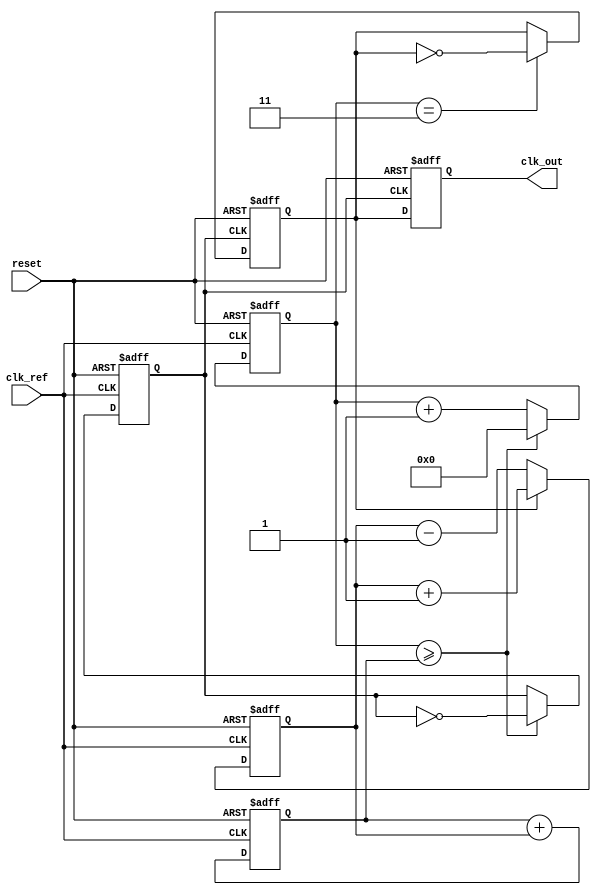
module pll_integer_n (
    input wire clk_ref,         // Reference clock input
    input wire reset,          // Asynchronous reset
    output reg clk_out         // Output clock
);

// Parameters
parameter N = 4;              // Integer division ratio
parameter LOOP_FILTER_SIZE = 8; // Size of the loop filter (for example)

// Internal signals
reg [LOOP_FILTER_SIZE-1:0] error_signal;
reg [LOOP_FILTER_SIZE-1:0] control_voltage;
reg [N-1:0] vco_counter;
reg clk_vco;
reg clk_feedback;

// Phase Detector (PD)
always @(posedge clk_ref or posedge reset) begin
    if (reset) begin
        error_signal <= 0;
    end else begin
        // Simple phase detector logic
        if (clk_feedback) begin
            error_signal <= error_signal + 1; // Output phase error
        end else begin
            error_signal <= error_signal - 1; // Output phase error
        end
    end
end

// Loop Filter (LF)
always @(posedge clk_ref or posedge reset) begin
    if (reset) begin
        control_voltage <= 0;
    end else begin
        // Simple low-pass filter (integrator)
        control_voltage <= control_voltage + error_signal;
    end
end

// Voltage-Controlled Oscillator (VCO)
always @(posedge clk_ref or posedge reset) begin
    if (reset) begin
        vco_counter <= 0;
        clk_vco <= 0;
    end else begin
        // VCO logic: toggle output based on control voltage
        if (vco_counter >= control_voltage) begin
            clk_vco <= ~clk_vco; // Toggle VCO output
            vco_counter <= 0; // Reset counter
        end else begin
            vco_counter <= vco_counter + 1; // Increment counter
        end
    end
end

// Feedback Divider
always @(posedge clk_vco or posedge reset) begin
    if (reset) begin
        clk_feedback <= 0;
    end else begin
        // Simple feedback divider logic
        if (vco_counter == N-1) begin
            clk_feedback <= ~clk_feedback; // Toggle feedback clock
        end
    end
end

// Output Clock Generation
always @(posedge clk_vco or posedge reset) begin
    if (reset) begin
        clk_out <= 0;
    end else begin
        clk_out <= clk_feedback; // Output clock is feedback clock
    end
end

endmodule